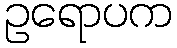
ဥရောပက